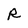
Character: R